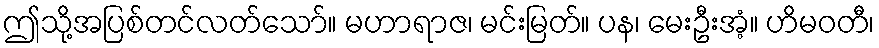
ဤသို့အပြစ်တင်လတ်သော်။ မဟာရာဇ၊ မင်းမြတ်။ ပန၊ မေးဦးအံ့။ ဟိမဝတီ၊